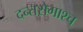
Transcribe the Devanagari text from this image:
दन्तरोगाश्च